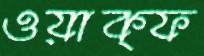
ওয়াক্ফ